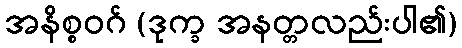
အနိစ္စဝဂ် (ဒုက္ခ အနတ္တလည်းပါ၏)